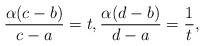
LaTeX: \begin{align*}\frac{\alpha (c-b)}{c-a} = t , \frac{\alpha (d-b)}{d-a} = \frac{1}{t},\end{align*}